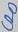
Text: C20